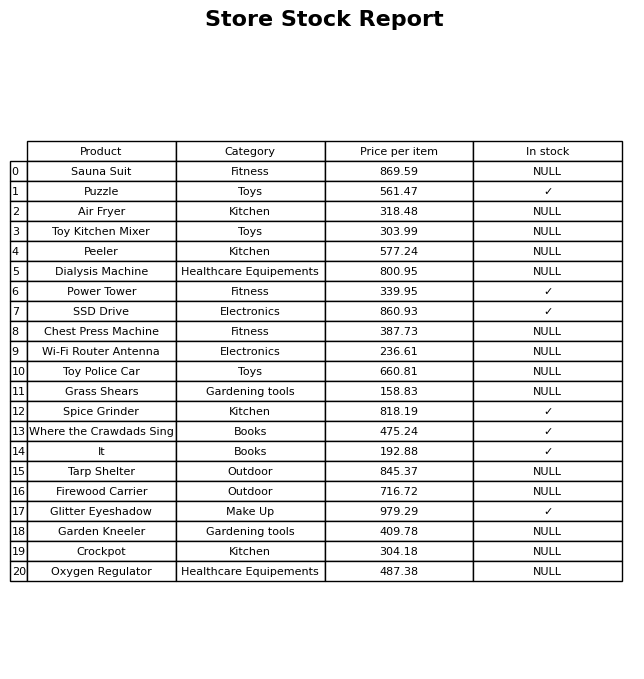
question: What is the stock status of the Peeler?
answer: NULL